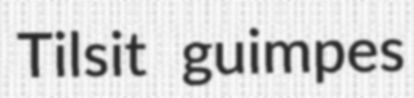
Tilsit guimpes